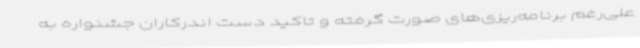
علی‌رغم برنامه‌ریزی‌های صورت گرفته و تاکید دست اندرکاران جشنواره به